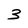
Character: 3